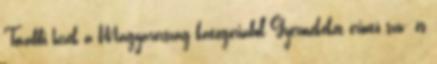
További hírek a Magyarország kategóriából Gyermekeket érintő szív- és